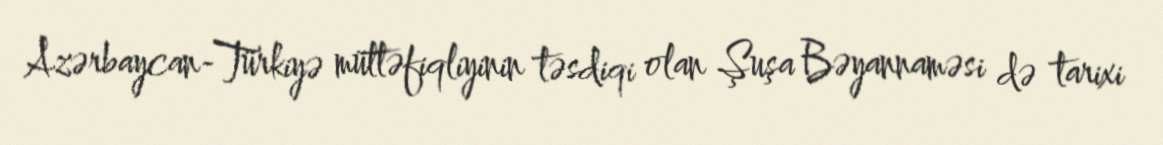
Azərbaycan-Türkiyə müttəfiqliyinin təsdiqi olan Şuşa Bəyannaməsi də tarixi